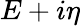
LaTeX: E+i\eta